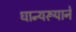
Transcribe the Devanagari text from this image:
धान्‍यरूपाने